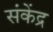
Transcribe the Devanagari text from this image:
संकेंद्र